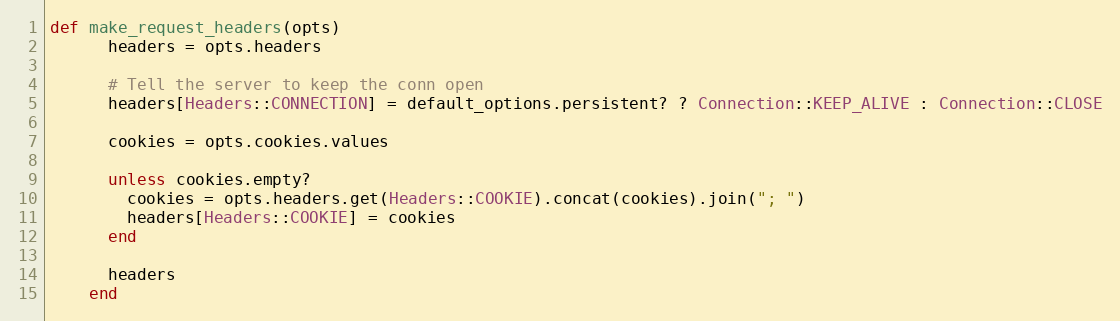
Language: Ruby
def make_request_headers(opts)
      headers = opts.headers

      # Tell the server to keep the conn open
      headers[Headers::CONNECTION] = default_options.persistent? ? Connection::KEEP_ALIVE : Connection::CLOSE

      cookies = opts.cookies.values

      unless cookies.empty?
        cookies = opts.headers.get(Headers::COOKIE).concat(cookies).join("; ")
        headers[Headers::COOKIE] = cookies
      end

      headers
    end